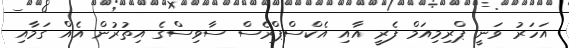
އަހަރު ވަނީ ޕްރިމިއަމް ފެރީ އާއި އެކްސްޕްރެސް ސާވިސްގެ އިތުރުން އެއް ގަމާއި